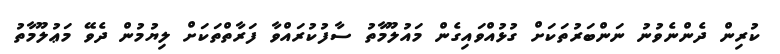
ކުރިން ދެންނެވުނު ނަންބަރުތަކަށް ގުޅުއްވައިގެން މައުލޫމާތު ސާފުކުރައްވާ ފަރާތްތަކަށް ލިޔުމުން ދެވޭ މަޢުލޫމާތު